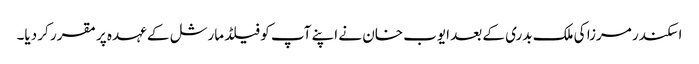
اسکندر مرزا کی ملک بدری کے بعد ایوب خان نے اپنے آپ کو فیلڈ مارشل کے عہدہ پر مقرر کر دیا۔